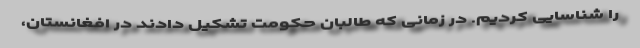
را شناسایی کردیم. در زمانی که طالبان حکومت تشکیل دادند در افغانستان،